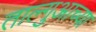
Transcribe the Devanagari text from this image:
ताल्गुआच्या